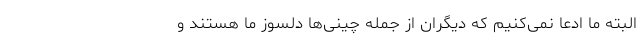
البته ما ادعا نمی‌کنیم که دیگران از جمله چینی‌ها دلسوز ما هستند و